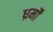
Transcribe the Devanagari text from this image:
ध्रर्मों